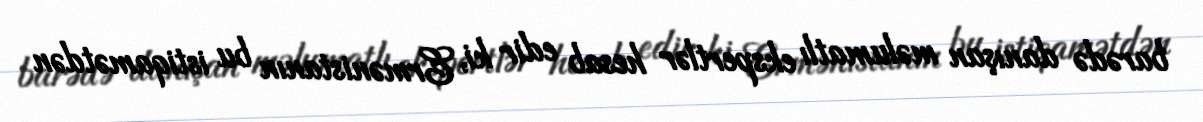
barədə danışan məlumatlı ekspertlər hesab edir ki, Ermənistanın bu istiqamətdən